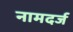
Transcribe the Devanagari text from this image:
नामदर्ज